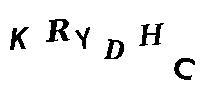
KRYDHC